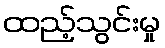
ထည့်သွင်းမှု